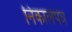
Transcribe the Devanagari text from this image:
निकालपत्र